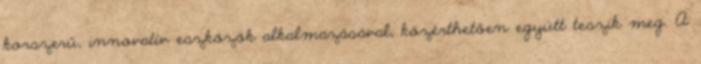
korszerű, innovatív eszközök alkalmazásával, közérthetően együtt teszik meg. A